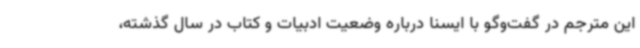
این مترجم در گفت‌وگو با ایسنا درباره وضعیت ادبیات و کتاب در سال گذشته،